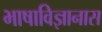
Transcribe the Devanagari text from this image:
भाषाविज्ञानास